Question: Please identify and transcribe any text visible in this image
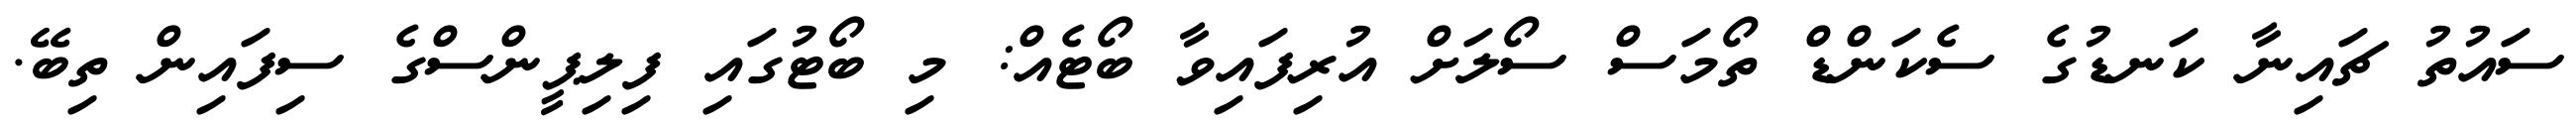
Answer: ސައުތު ޗައިނާ ކަނޑުގެ ސެކަންޑް ތޯމަސް ސޯލަށް އުރިފައިވާ ބޯޓެއް: މި ބޯޓުގައި ފިލިޕީންސްގެ ސިފައިން ތިބޭ.